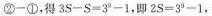
$$② - ①$$。得$$3 S - S = 3 ^ { 9 } - 1，即$$2 S = 3 ^ { 9 } - 1$$，